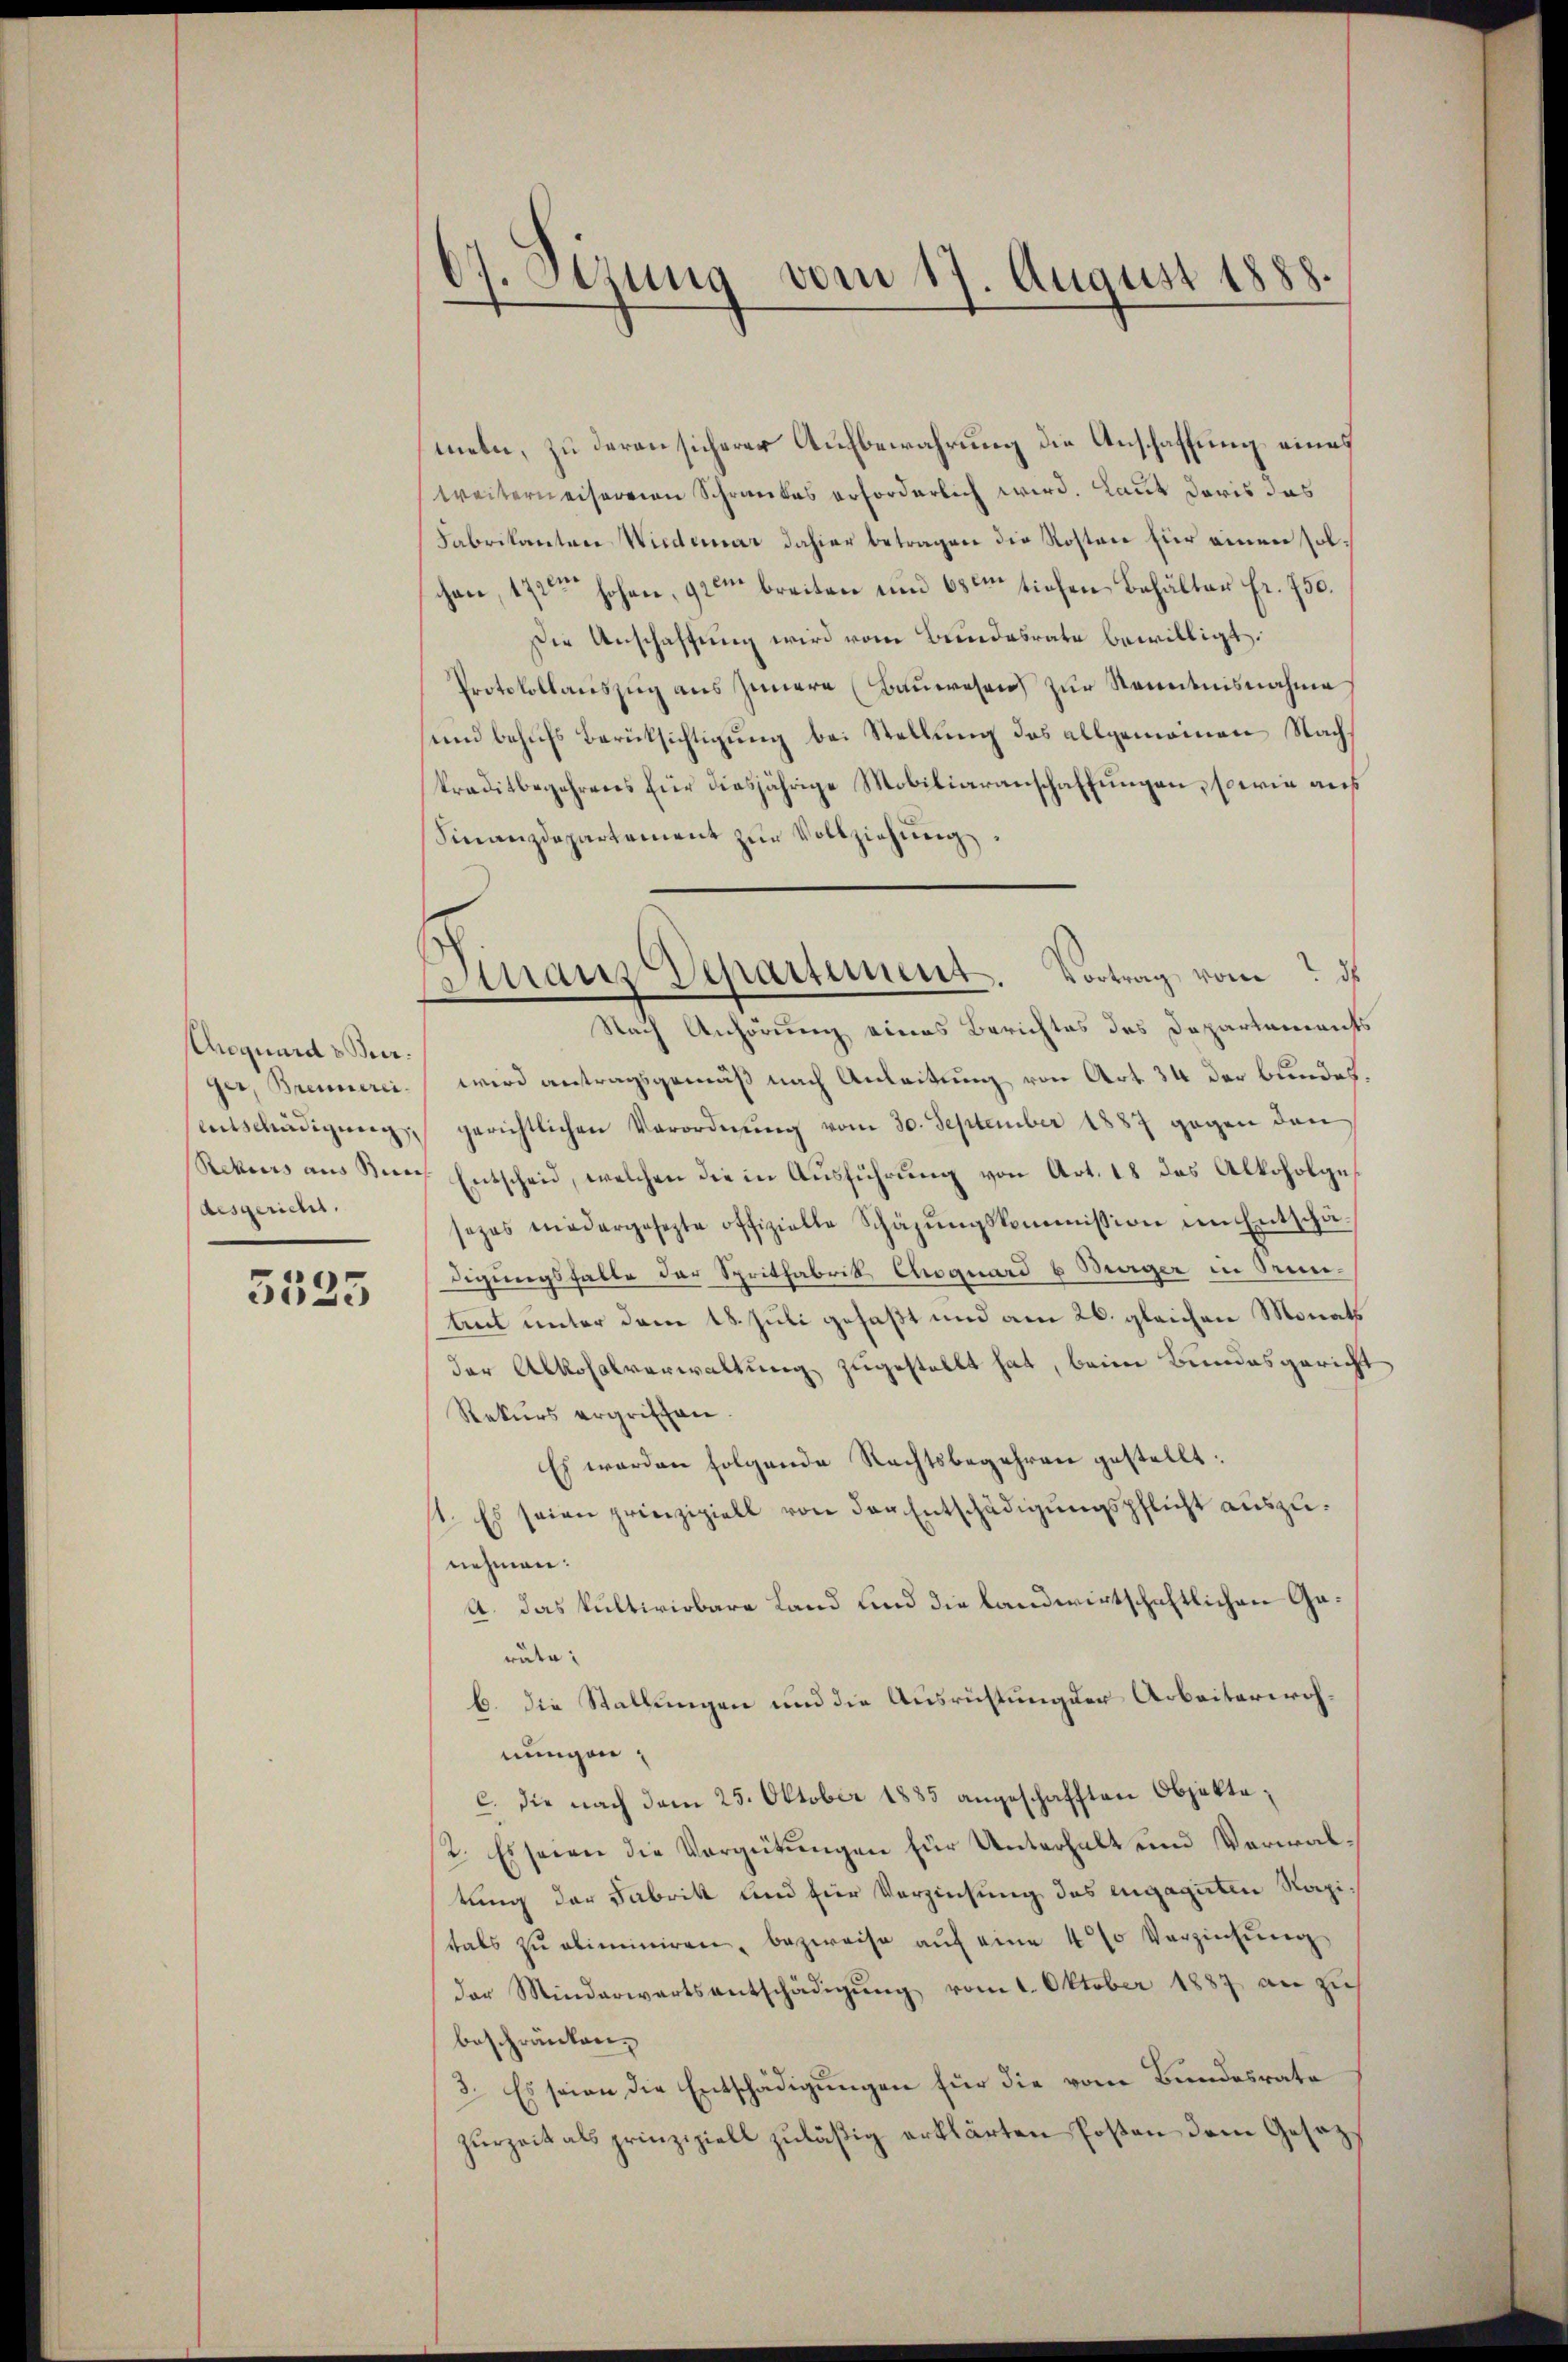
Coquard & Beer.
ger, Brennerei
Entschädigung,
desgericht.

5535

7. Setzung vom 17. August 1888.

meln, zu daran sicherer Aufbewahrung die Anschaffung eines
weiterneiserien Schrankes erforderlich wird. Laut daris das
Fabrikanton Wiederar dahier betragen die Kosten für einen solchen, 172ten hohen, 92m breiten und 680m tiefen Behalten fr. 750.
Die Anschaffung wird vom Bundesrate bewilligt.
Protokollauszug aus Innern (Bauwesen zur Kenntnisnahme
und behufs Berücksichtigung bei Stellung des allgemeinen Nachkreditbegehrens für diesjährige Mobiliaranschaffungen, sowie aus
Finanzdepartement zŭr Vollziehung.
Nach Anhörung eines Berichtes des Departements
wird antragsgemäß nach Anleitung von Art. 34 der bundes.
gerichtlichen Verordnung vom 30. September 1887 gegen den
Rekurs aus Ruech Entscheid, welchen die in Ausführung von Art. 18 das Alkoholgesezes niedergesezte offizielle Schäzŭngskommission im Entschä-
digungsfalle der Spritfabrik, Choquard & Burger in Ori¬
Aut unter dem 18. Juli gefaßt und am 26. gleichen Monath
der Alkoholverwaltung zugestellt hat, beim Bundesgericht
Rekurs ergriffen.
Es werden folgende Rechtsbegehren gestellt.
1. Es seien prinzipiell von der Entschädigungspflicht auszunehmen:
A. das kultivirbare Land und die landwirtschaftlichen Garäte:
b. die Stallungen und die Ausrichtung der Arbeiterwohnungen
c. die nach dem 25. Oktober 1885 angeschafften Objekte¬
2. Es seien die Vergütungen für Unterhalt und Verwaltung der Fabrik und zur Verzinsung des engaguten Kapitals zŭ eliminiren, bezweife aŭf eine 4 % Verziehŭng
der Minderwartsentschädigŭng vom 1. Oktober 1887 an zu
beschränken,
2. Es seien die Entschädigungen für die vom Bundesrate
zurzeit als prinzipiell zuläßig erklärten Poßen dem Gesez¬

inaus Departement. Vortrag vom d